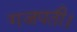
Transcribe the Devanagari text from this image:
गजपती।